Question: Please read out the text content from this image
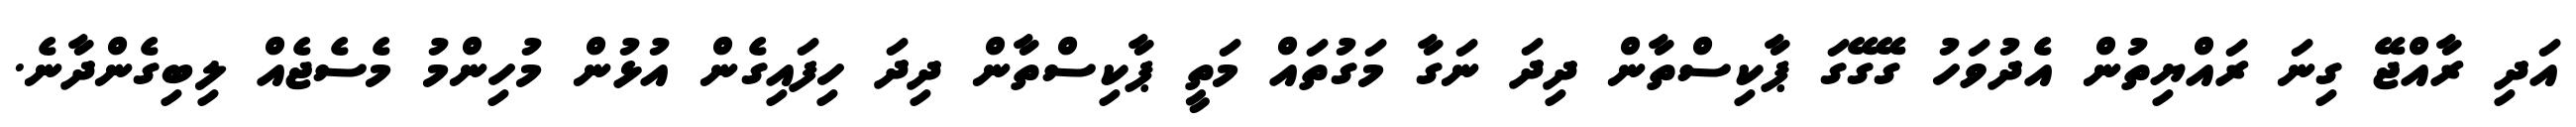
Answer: އަދި ރާއްޖޭ ގިނަ ރައްޔިތުން އެދުވަހު ގޭގޭގަ ޕާކިސްތާން ދިދަ ނަގާ މަގުތައް މަތީ ޕާކިސްތާން ދިދަ ހިފައިގެން އުޅުން މުހިންމު މެސެޖެއް ލިބިގެންދާނެ.